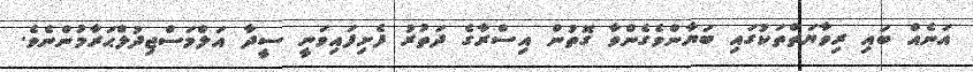
އަނެއް ބައި ރިވާޔަތްތަކުގައި ބަޔާންވެގެންވާ ގޮތުން އިސްރާގެ ދަތުރު ފެށިފައިވަނީ ސީދާ އަލްމަސްޖިދުލްޙަރާމުންނެވެ.